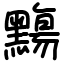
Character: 䵰